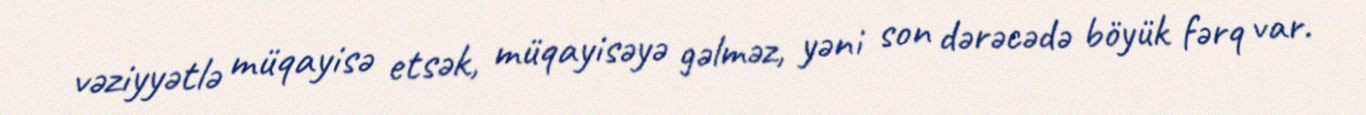
vəziyyətlə müqayisə etsək, müqayisəyə gəlməz, yəni son dərəcədə böyük fərq var.